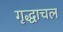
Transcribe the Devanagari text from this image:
गृद्धाचल